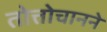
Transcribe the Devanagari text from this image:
तोत्तोचानने